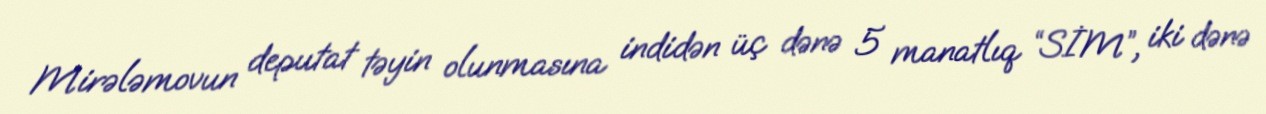
Mirələmovun deputat təyin olunmasına indidən üç dənə 5 manatlıq “SİM”, iki dənə